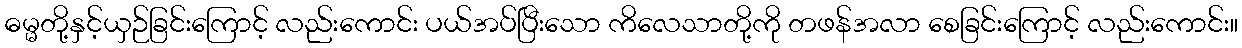
ဓမ္မတို့နှင့်ယှဉ်ခြင်းကြောင့် လည်းကောင်း ပယ်အပ်ပြီးသော ကိလေသာတို့ကို တဖန်အလာ စေခြင်းကြောင့် လည်းကောင်း။